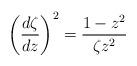
LaTeX: \begin{align*}\left(\frac{d\zeta}{dz}\right)^2=\frac{1-z^2}{\zeta z^2}\end{align*}